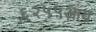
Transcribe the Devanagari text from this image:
६२५५आय